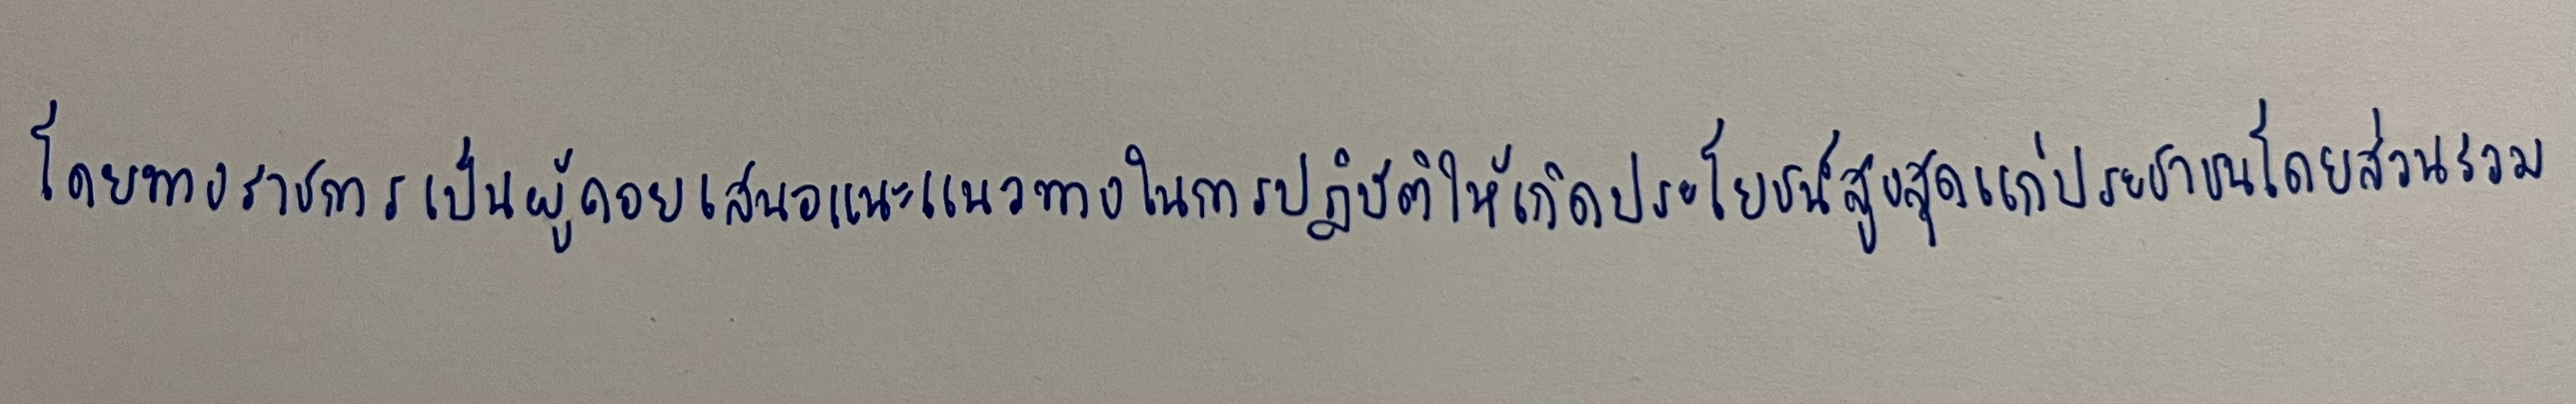
โดยทางราชการเป็นผู้คอยเสนอแนะแนวทางในการปฏิบัติให้เกิดประโยชน์สูงสุดแก่ประชาชนโดยส่วนรวม